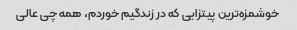
خوشمزه‌ترین پیتزایى که در زندگیم خوردم، همه چى عالى